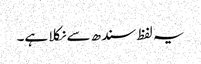
یہ لفظ سندھ سے نکلا ہے۔